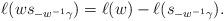
LaTeX: \begin{align*}\ell(ws_{-w^{-1}\gamma}) = \ell(w) - \ell(s_{-w^{-1}\gamma}).\end{align*}